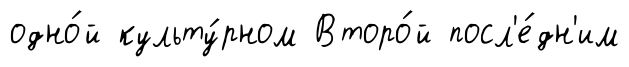
одно́й культу́рном Второ́й посл'е́дн'им